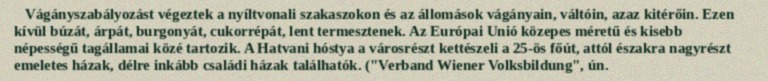
Vágányszabályozást végeztek a nyíltvonali szakaszokon és az állomások vágányain, váltóin, azaz kitérőin. Ezen kívül búzát, árpát, burgonyát, cukorrépát, lent termesztenek. Az Európai Unió közepes méretű és kisebb népességű tagállamai közé tartozik. A Hatvani hóstya a városrészt kettészeli a 25-ös főút, attól északra nagyrészt emeletes házak, délre inkább családi házak találhatók. ("Verband Wiener Volksbildung", ún.